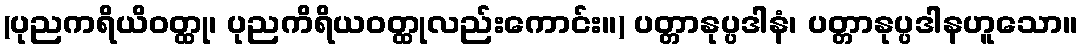
(ပုညကရိယိဝတ္ထု၊ ပုညကိရိယဝတ္ထုလည်းကောင်း။) ပတ္တာနုပ္ပဒါနံ၊ ပတ္တာနုပ္ပဒါနဟူသော။